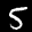
Label: 5